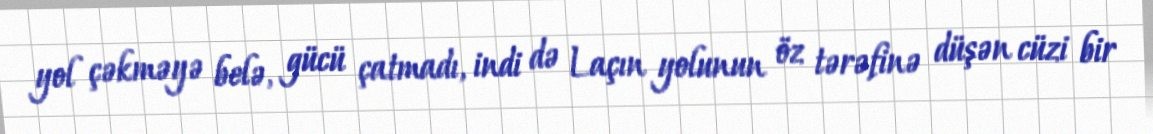
yol çəkməyə belə, gücü çatmadı, indi də Laçın yolunun öz tərəfinə düşən cüzi bir